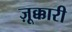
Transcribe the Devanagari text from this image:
ज़ूक्कारी